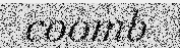
coomb